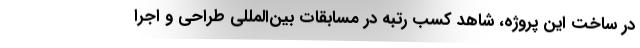
در ساخت این پروژه، شاهد کسب رتبه در مسابقات بين‌المللي طراحی و اجرا